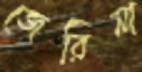
জেরিনা